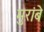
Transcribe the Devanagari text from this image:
मुरांबे